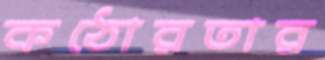
কঠোরতার